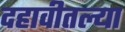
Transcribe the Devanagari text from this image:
दहावीतल्या